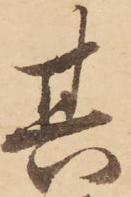
其